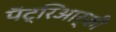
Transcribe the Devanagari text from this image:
पॅट्रिआर्की